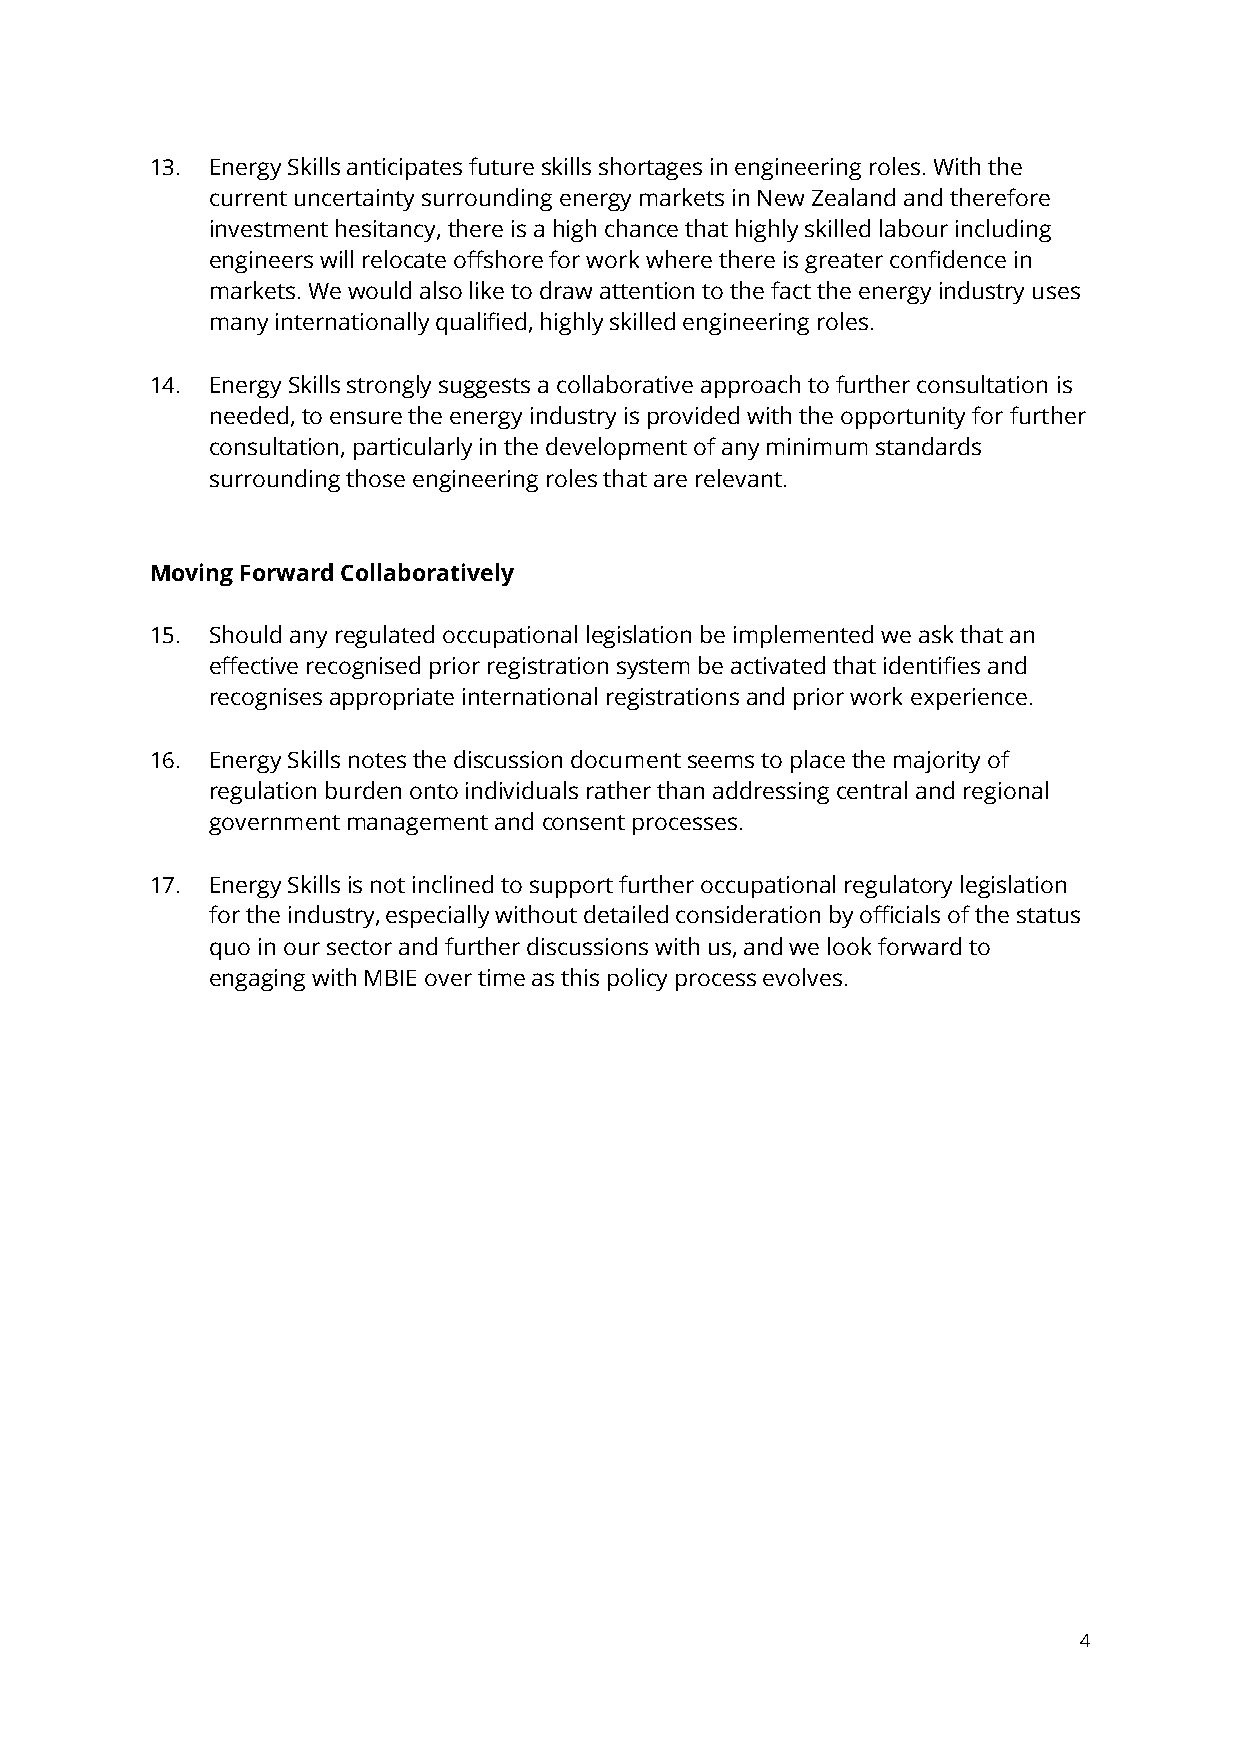
13. Energy Skills anticipates future skills shortages in engineering roles. With the
 current uncertainty surrounding energy markets in New Zealand and therefore
 investment hesitancy, there is a high chance that highly skilled labour including
 engineers will relocate offshore for work where there is greater confidence in
 markets. We would also like to draw attention to the fact the energy industry uses
 many internationally qualified, highly skilled engineering roles.
 14. Energy Skills strongly suggests a collaborative approach to further consultation is
 needed, to ensure the energy industry is provided with the opportunity for further
 consultation, particularly in the development of any minimum standards
 surrounding those engineering roles that are relevant.
 Moving Forward Collaboratively
 15. Should any regulated occupational legislation be implemented we ask that an
 effective recognised prior registration system be activated that identifies and
 recognises appropriate international registrations and prior work experience.
 16. Energy Skills notes the discussion document seems to place the majority of
 regulation burden onto individuals rather than addressing central and regional
 government management and consent processes.
 17. Energy Skills is not inclined to support further occupational regulatory legislation
 for the industry, especially without detailed consideration by officials of the status
 quo in our sector and further discussions with us, and we look forward to
 engaging with MBIE over time as this policy process evolves.
 4